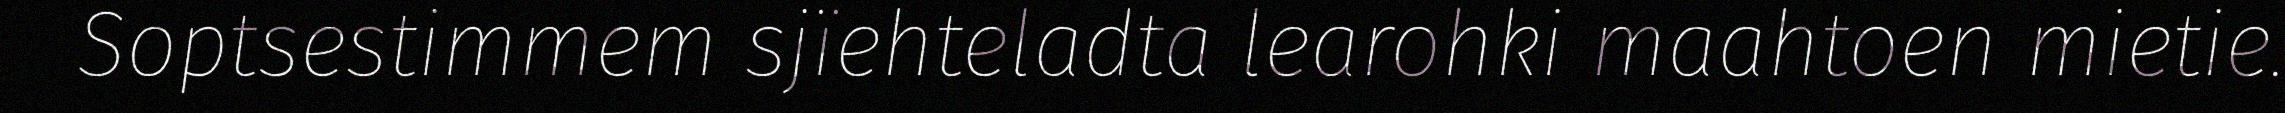
Soptsestimmem sjïehteladta learohki maahtoen mietie.